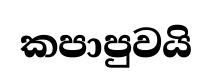
කපාපුවයි